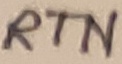
Text: RTN